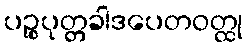
ပဉ္စပုတ္တခါဒပေတဝတ္ထု